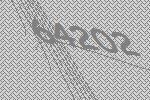
64202